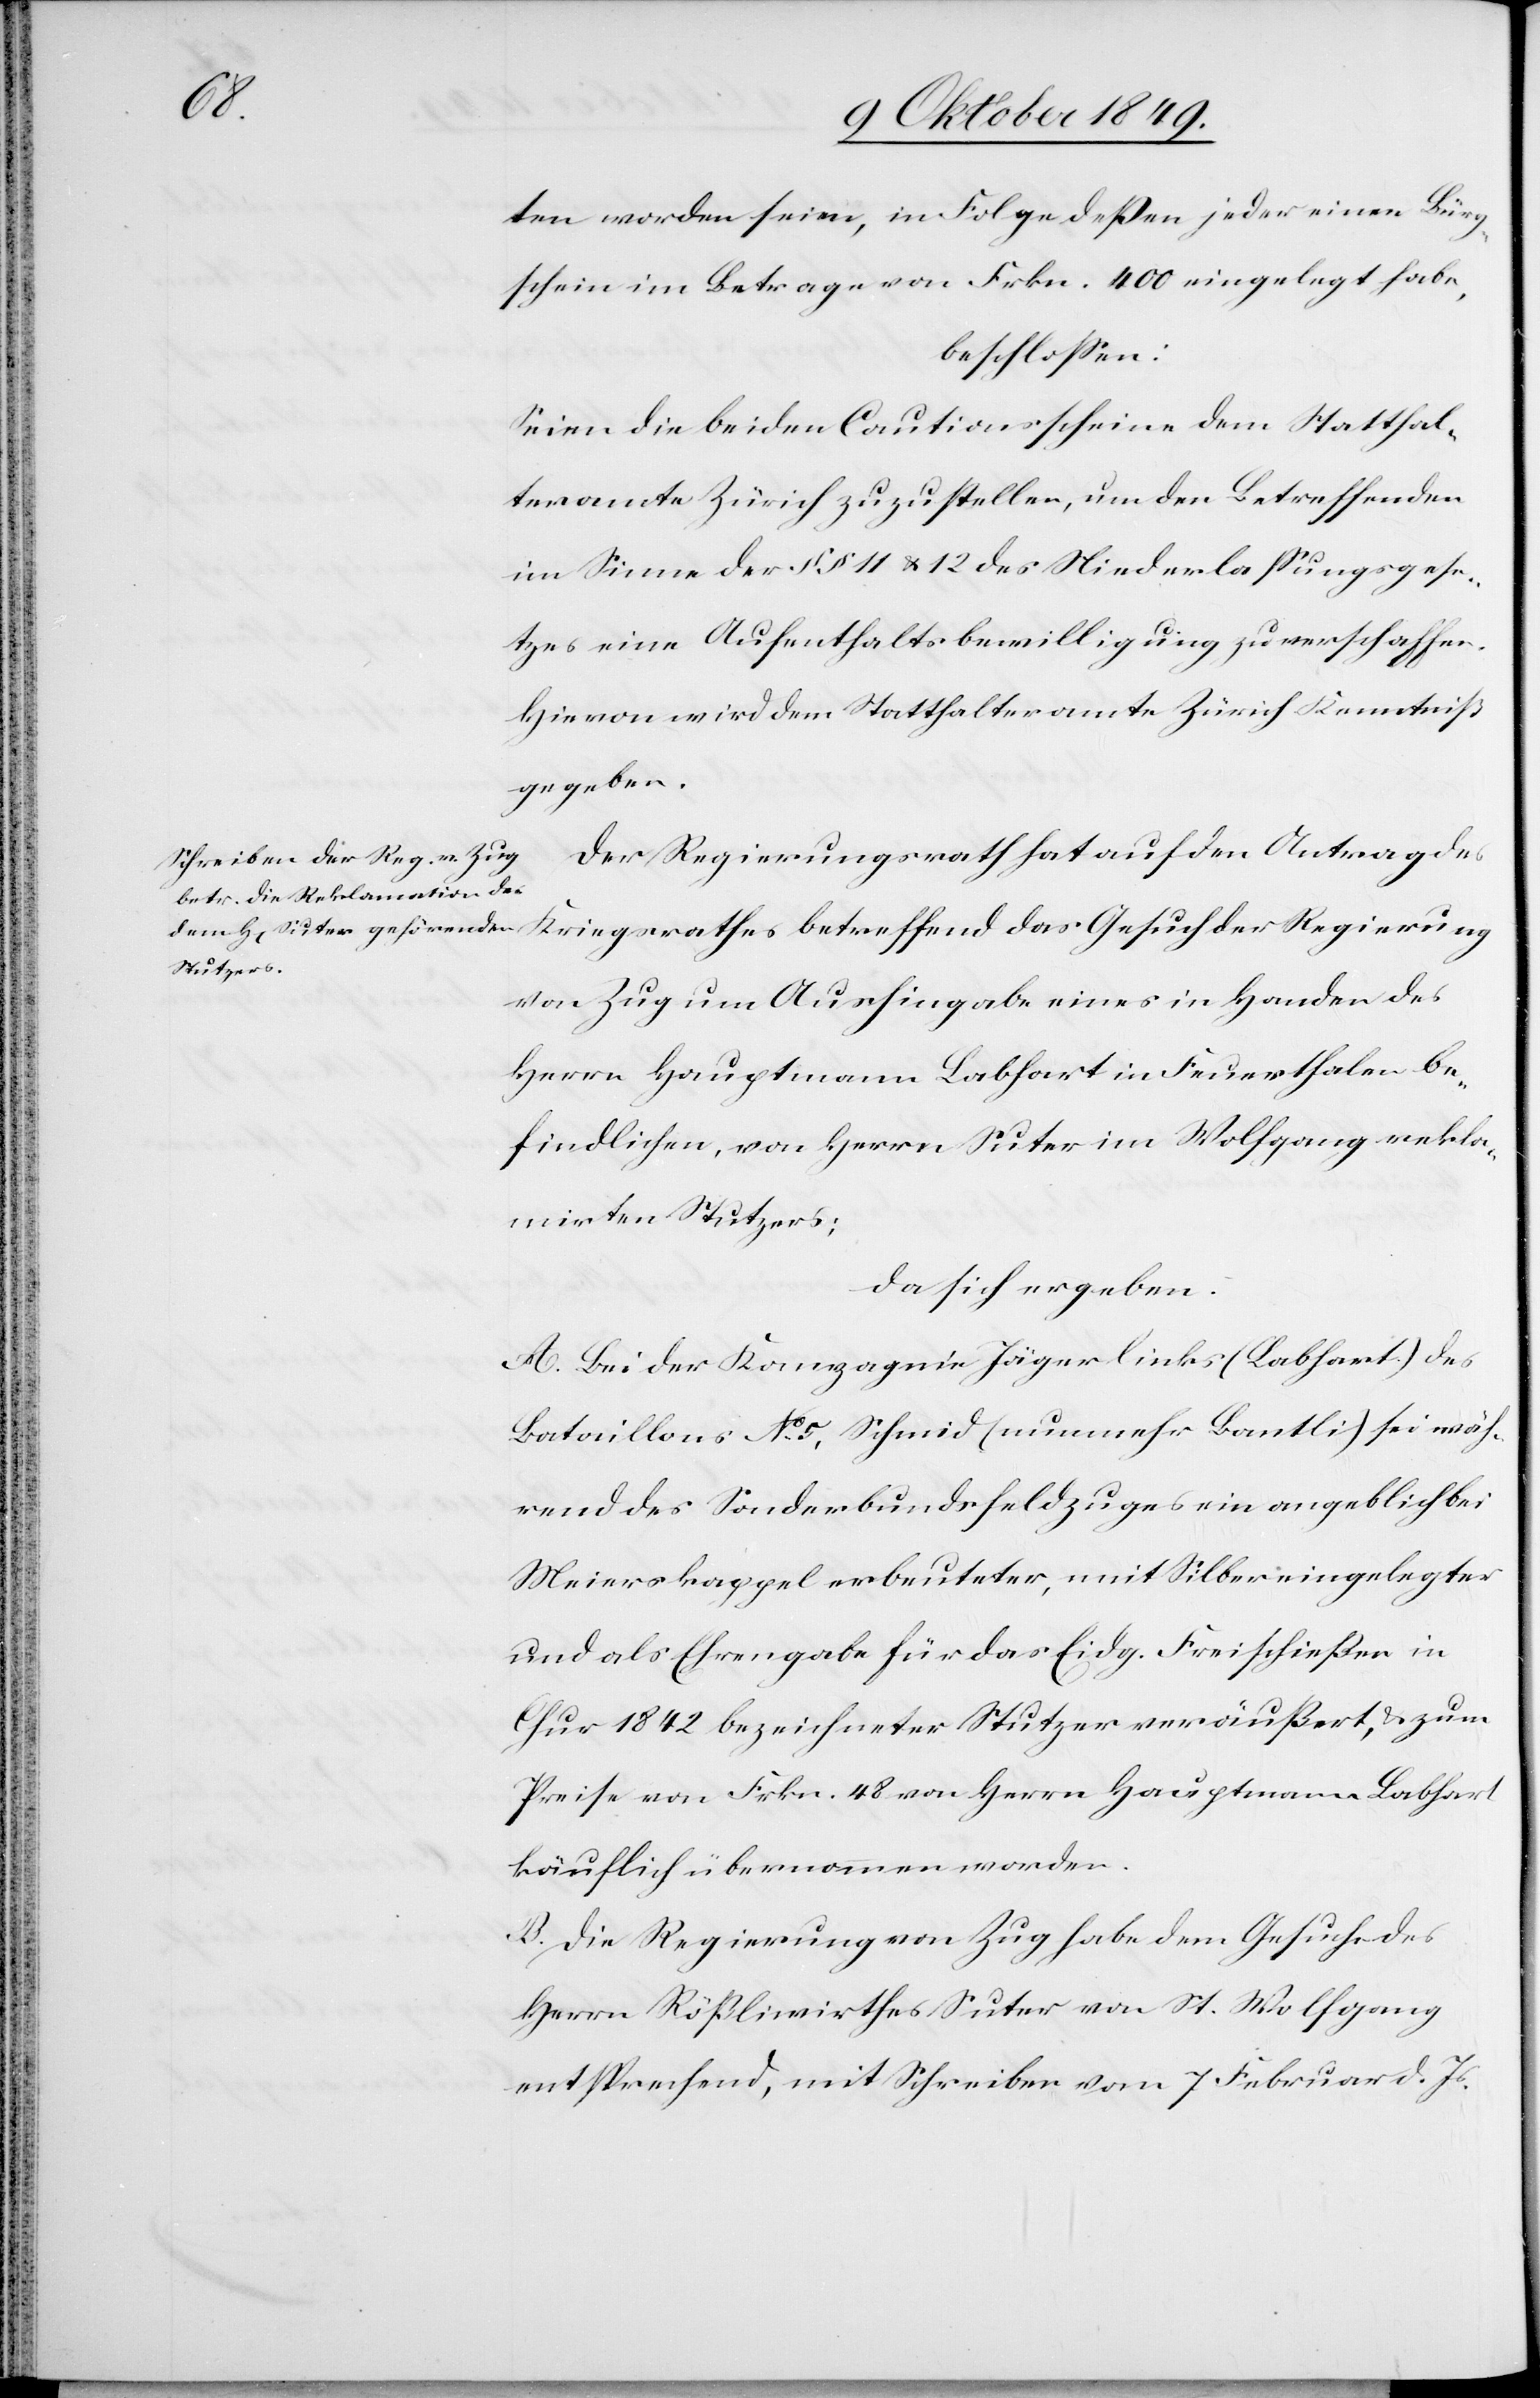
ten worden seien, in Folge deßen jeder einen Bürg¬
schein im Betrage von Frkn. 400 eingelegt habe,
beschloßen:
Seien die beiden Cautionsscheine dem Statthal¬
teramte Zürich zuzustellen, um den Betreffenden
im Sinne der §§ 11 u. 12 des Niederlaßungsgese¬
tzes eine Aufenthaltsbewilligung zu verschaffen.
Hievon wird dem Statthalteramte Zürich Kenntniß
gegeben.
Der Regierungsrath hat auf den Antrag des
von Zug um Aushingabe eines in Handen des
Herrn Hauptmann Labhort in Feuerthalen be¬
findlichen, von Herrn Suter im Wolfgang rekla¬
mirten Stutzers;
da sich ergeben:
A. Bei der Kompagnie Jäger links (Labhart) des
Bataillons N° 5, Schmid (nunmehr Bantli) sei wäh¬
rend des Sonderbundsfeldzuges ein angeblich bei
Meierskappel erbeutetes, mit Silber eingelegtes
und als Ehrengabe für das Eidg. Freischießen in
Chur 1842 bezeichneter Stutzen veräußert, u. zum
Preise von Frkn. 48 von Herrn Hauptmann Labhart
käuflich übernommen worden.
B. Die Regierung von Zug habe dem Gesuche des
Herrn Rößliwirthes Suter von St. Wolfgang
entsprechend, mit Schreiben vom 7 Februar d. Js.